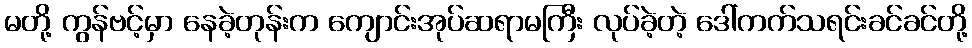
မတို့ ကွန်ဗင့်မှာ နေခဲ့တုန်းက ကျောင်းအုပ်ဆရာမကြီး လုပ်ခဲ့တဲ့ ဒေါ်ကက်သရင်းခင်ခင်တို့